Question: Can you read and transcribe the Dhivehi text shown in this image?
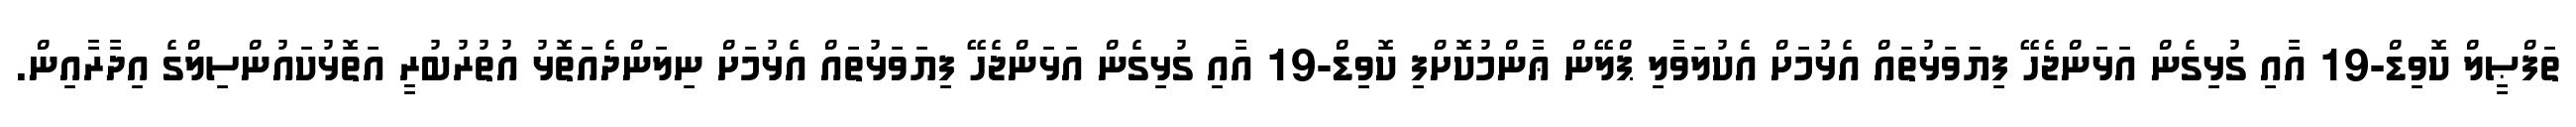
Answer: ތަފްޞީލް ކޮވިޑް-19 އާއި ގުޅިގެން އަޅަންޖެހޭ ފިޔަވަޅުތައް އެޅުމަށް އެކުލަވާލި ޕްލޭން ޢާންމުކޮށްފި ކޮވިޑް-19 އާއި ގުޅިގެން އަޅަންޖެހޭ ފިޔަވަޅުތައް އެޅުމަށް ނިލަންދެއަތޮޅު އުތުރުބުރީ އަތޮޅުކައުންސިލްގެ އިދާރާއިން.